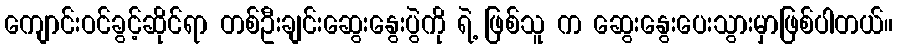
ကျောင်းဝင်ခွင့်ဆိုင်ရာ တစ်ဦးချင်းဆွေးနွေးပွဲကို ရဲ့ ဖြစ်သူ က ဆွေးနွေးပေးသွားမှာဖြစ်ပါတယ်။